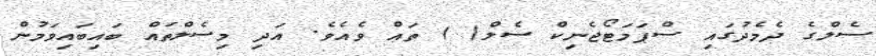
ސެލްގެ ދެމެދުގައި ސްޕަމަޓޯޖެނިކް ސެލް( ) ތައް ވެއެވެ. އަދި މިސެލްތައް ބައިބައިވަމުން